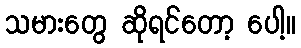
သမားတွေ ဆိုရင်တော့ ပေါ့။